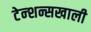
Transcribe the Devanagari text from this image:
टेन्शन्सखाली